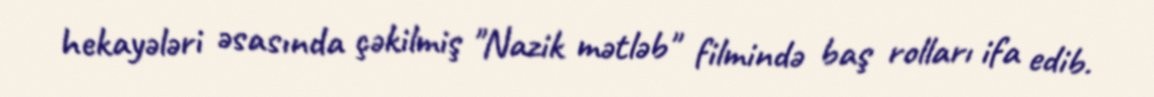
hekayələri əsasında çəkilmiş "Nazik mətləb" filmində baş rolları ifa edib.